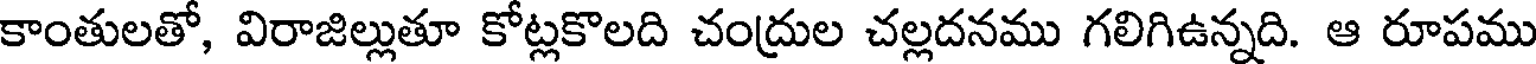
కాంతులతో, విరాజిల్లుతూ కోట్లకొలది చంద్రుల చల్లదనము గలిగిఉన్నది. ఆ రూపము